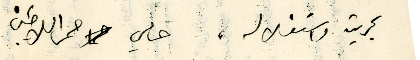
بحريته واستقلاله، حامي ممر اللاجئين